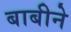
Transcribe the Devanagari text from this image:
बाबीने